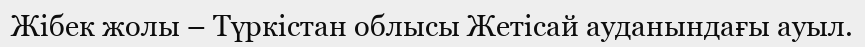
Жібек жолы – Түркістан облысы Жетісай ауданындағы ауыл.